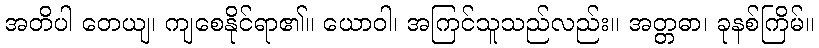
အတိပါ တေယျ၊ ကျစေနိုင်ရာ၏။ ယောဝါ၊ အကြင်သူသည်လည်း။ အတ္တဓာ၊ ခုနစ်ကြိမ်။